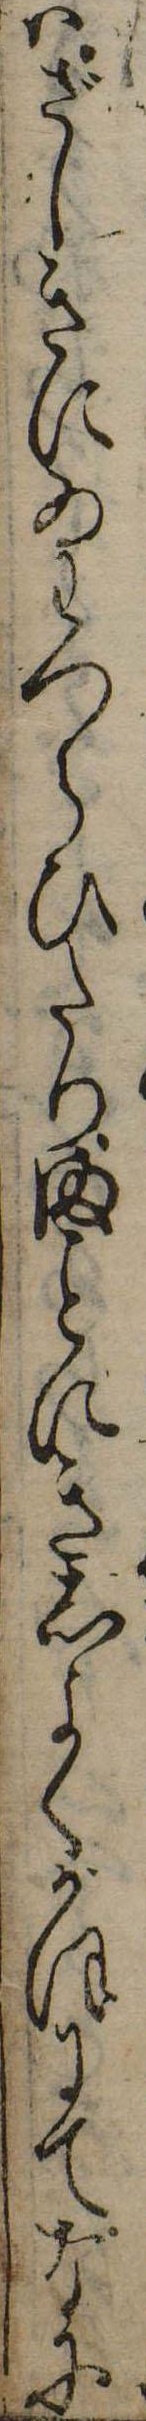
はざしきにゐわつらひたりまにきしよくがほにてなに